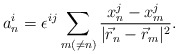
\begin{align*}a^{i}_{n} = \epsilon^{ij} \sum_{m(\neq n)}\frac{x^{j}_{n}-x^{j}_{m}}{|\vec{r}_{n}-\vec{r}_{m}|^{2}}.\end{align*}